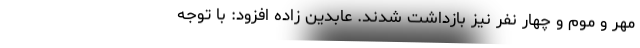
مهر و موم و چهار نفر نیز بازداشت شدند. عابدین زاده افزود: با توجه